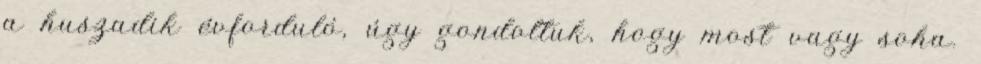
a huszadik évforduló, úgy gondoltuk, hogy most vagy soha.